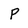
Character: P